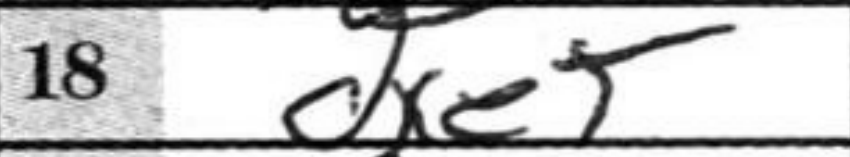
Transcription: dxe5